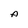
Character: A